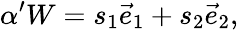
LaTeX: \alpha^{\prime}W=s_{1}\vec{e}_{1}+s_{2}\vec{e}_{2},